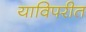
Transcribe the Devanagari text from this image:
याविपरीत